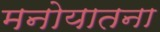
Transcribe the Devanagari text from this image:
मनोयातना